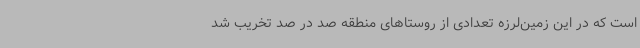
است که در این زمین‌لرزه تعدادی از روستاهای منطقه صد در صد تخریب شد